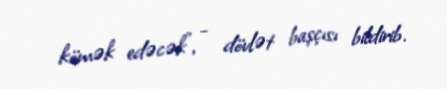
kömək edəcək”, - dövlət başçısı bildirib.